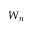
W _ { n }